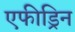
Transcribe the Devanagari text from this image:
एफीड्रिन